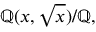
\mathbb { Q } ( x , { \sqrt { x } } ) / \mathbb { Q } ,